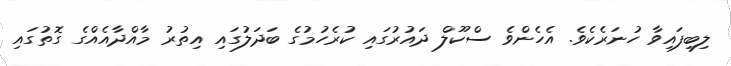
ލިބިފައިވާ ހުނަރެކެވެ. އެހެންވެ ސްކޫލް ދައުރުގައި ކުރެހުމުގެ ބަދަލުގައި އިތުރު މާއްދާއެއްގެ ގޮތުގައި